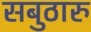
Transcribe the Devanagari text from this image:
सबुठारु